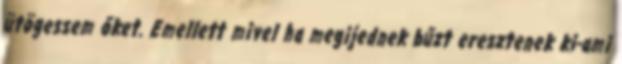
ütögessem őket. Emellett mivel ha megijednek bűzt eresztenek ki-ami